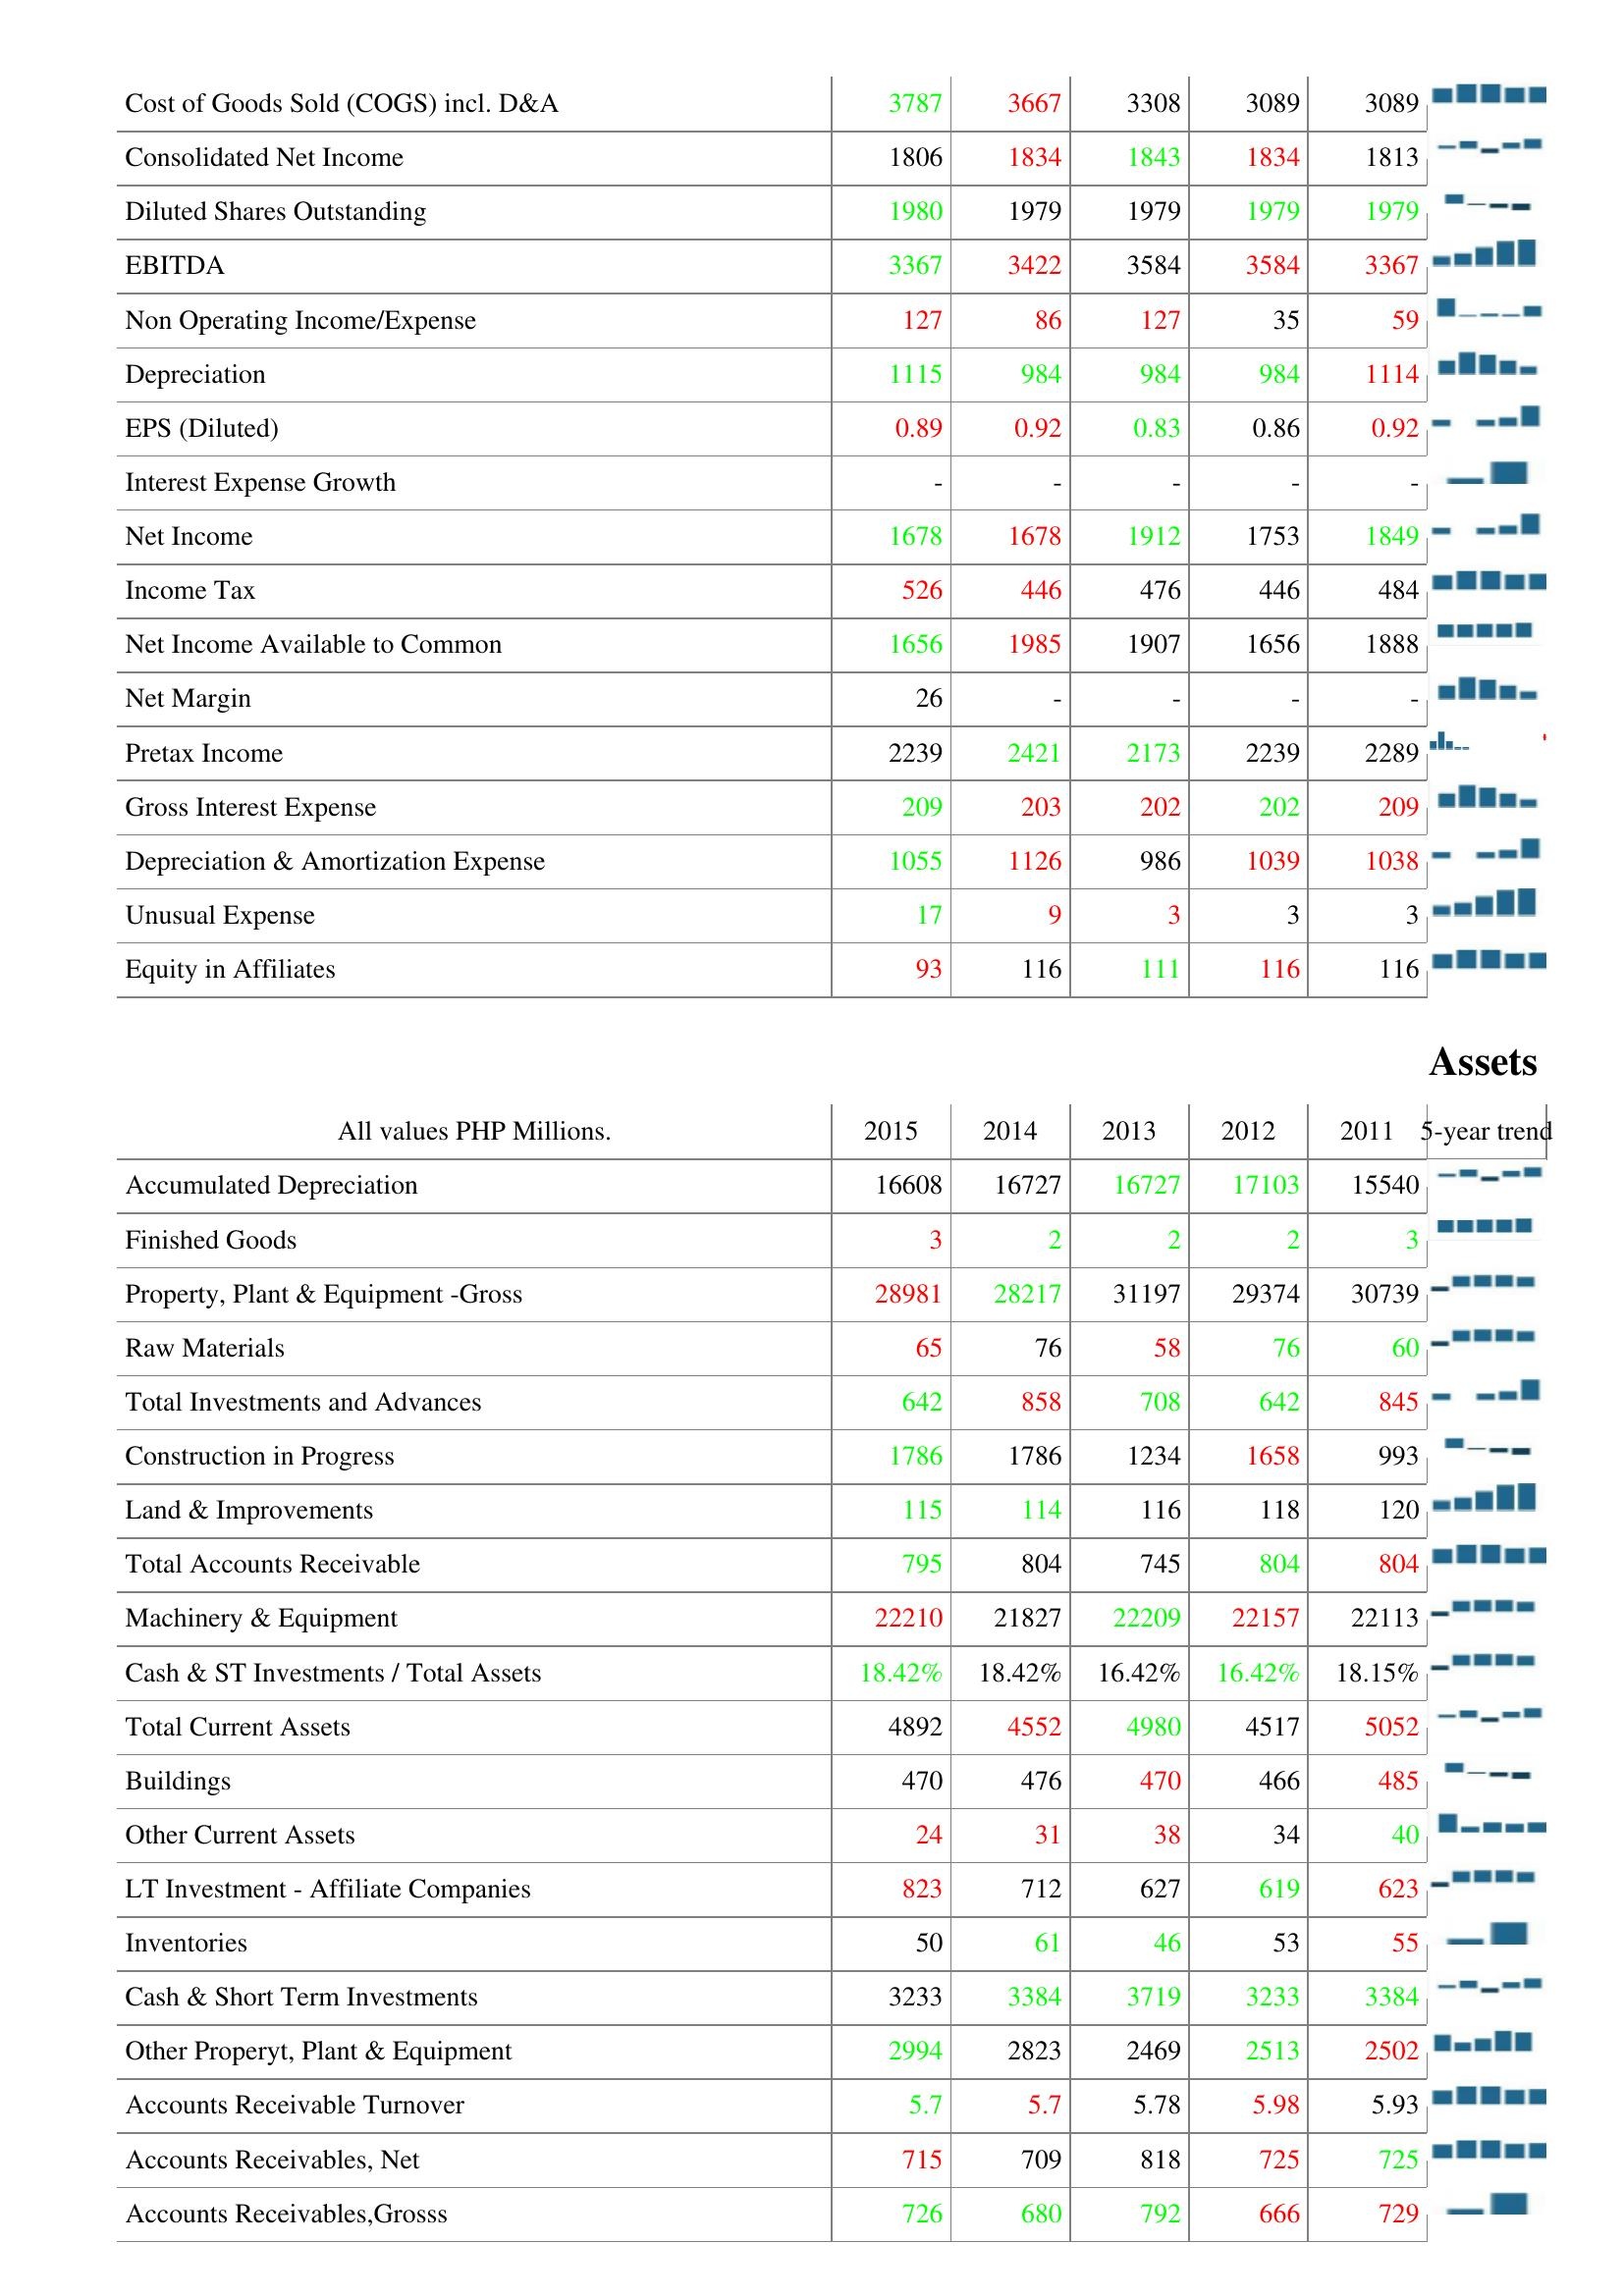
2015: : Cost of Goods Sold (COGS) incl. D&A: 3787
Consolidated Net Income: 1806
Diluted Shares Outstanding: 1980
EBITDA: 3367
Non Operating Income/Expense: 127
Depreciation: 1115
EPS (Diluted): 0.89
Interest Expense Growth: -
Net Income: 1678
Income Tax: 526
Net Income Available to Common: 1656
Net Margin: 26
Pretax Income: 2239
Gross Interest Expense: 209
Depreciation & Amortization Expense: 1055
Unusual Expense: 17
Equity in Affiliates: 93
Assets: Accumulated Depreciation: 16608
Finished Goods: 3
Property, Plant & Equipment -Gross: 28981
Raw Materials: 65
Total Investments and Advances: 642
Construction in Progress: 1786
Land & Improvements: 115
Total Accounts Receivable: 795
Machinery & Equipment: 22210
Cash & ST Investments / Total Assets: 18.42%
Total Current Assets: 4892
Buildings: 470
Other Current Assets: 24
LT Investment - Affiliate Companies: 823
Inventories: 50
Cash & Short Term Investments: 3233
Other Properyt, Plant & Equipment: 2994
Accounts Receivable Turnover: 5.7
Accounts Receivables, Net: 715
Accounts Receivables,Grosss: 726
2014: : Cost of Goods Sold (COGS) incl. D&A: 3667
Consolidated Net Income: 1834
Diluted Shares Outstanding: 1979
EBITDA: 3422
Non Operating Income/Expense: 86
Depreciation: 984
EPS (Diluted): 0.92
Interest Expense Growth: -
Net Income: 1678
Income Tax: 446
Net Income Available to Common: 1985
Net Margin: -
Pretax Income: 2421
Gross Interest Expense: 203
Depreciation & Amortization Expense: 1126
Unusual Expense: 9
Equity in Affiliates: 116
Assets: Accumulated Depreciation: 16727
Finished Goods: 2
Property, Plant & Equipment -Gross: 28217
Raw Materials: 76
Total Investments and Advances: 858
Construction in Progress: 1786
Land & Improvements: 114
Total Accounts Receivable: 804
Machinery & Equipment: 21827
Cash & ST Investments / Total Assets: 18.42%
Total Current Assets: 4552
Buildings: 476
Other Current Assets: 31
LT Investment - Affiliate Companies: 712
Inventories: 61
Cash & Short Term Investments: 3384
Other Properyt, Plant & Equipment: 2823
Accounts Receivable Turnover: 5.7
Accounts Receivables, Net: 709
Accounts Receivables,Grosss: 680
2013: : Cost of Goods Sold (COGS) incl. D&A: 3308
Consolidated Net Income: 1843
Diluted Shares Outstanding: 1979
EBITDA: 3584
Non Operating Income/Expense: 127
Depreciation: 984
EPS (Diluted): 0.83
Interest Expense Growth: -
Net Income: 1912
Income Tax: 476
Net Income Available to Common: 1907
Net Margin: -
Pretax Income: 2173
Gross Interest Expense: 202
Depreciation & Amortization Expense: 986
Unusual Expense: 3
Equity in Affiliates: 111
Assets: Accumulated Depreciation: 16727
Finished Goods: 2
Property, Plant & Equipment -Gross: 31197
Raw Materials: 58
Total Investments and Advances: 708
Construction in Progress: 1234
Land & Improvements: 116
Total Accounts Receivable: 745
Machinery & Equipment: 22209
Cash & ST Investments / Total Assets: 16.42%
Total Current Assets: 4980
Buildings: 470
Other Current Assets: 38
LT Investment - Affiliate Companies: 627
Inventories: 46
Cash & Short Term Investments: 3719
Other Properyt, Plant & Equipment: 2469
Accounts Receivable Turnover: 5.78
Accounts Receivables, Net: 818
Accounts Receivables,Grosss: 792
2012: : Cost of Goods Sold (COGS) incl. D&A: 3089
Consolidated Net Income: 1834
Diluted Shares Outstanding: 1979
EBITDA: 3584
Non Operating Income/Expense: 35
Depreciation: 984
EPS (Diluted): 0.86
Interest Expense Growth: -
Net Income: 1753
Income Tax: 446
Net Income Available to Common: 1656
Net Margin: -
Pretax Income: 2239
Gross Interest Expense: 202
Depreciation & Amortization Expense: 1039
Unusual Expense: 3
Equity in Affiliates: 116
Assets: Accumulated Depreciation: 17103
Finished Goods: 2
Property, Plant & Equipment -Gross: 29374
Raw Materials: 76
Total Investments and Advances: 642
Construction in Progress: 1658
Land & Improvements: 118
Total Accounts Receivable: 804
Machinery & Equipment: 22157
Cash & ST Investments / Total Assets: 16.42%
Total Current Assets: 4517
Buildings: 466
Other Current Assets: 34
LT Investment - Affiliate Companies: 619
Inventories: 53
Cash & Short Term Investments: 3233
Other Properyt, Plant & Equipment: 2513
Accounts Receivable Turnover: 5.98
Accounts Receivables, Net: 725
Accounts Receivables,Grosss: 666
2011: : Cost of Goods Sold (COGS) incl. D&A: 3089
Consolidated Net Income: 1813
Diluted Shares Outstanding: 1979
EBITDA: 3367
Non Operating Income/Expense: 59
Depreciation: 1114
EPS (Diluted): 0.92
Interest Expense Growth: -
Net Income: 1849
Income Tax: 484
Net Income Available to Common: 1888
Net Margin: -
Pretax Income: 2289
Gross Interest Expense: 209
Depreciation & Amortization Expense: 1038
Unusual Expense: 3
Equity in Affiliates: 116
Assets: Accumulated Depreciation: 15540
Finished Goods: 3
Property, Plant & Equipment -Gross: 30739
Raw Materials: 60
Total Investments and Advances: 845
Construction in Progress: 993
Land & Improvements: 120
Total Accounts Receivable: 804
Machinery & Equipment: 22113
Cash & ST Investments / Total Assets: 18.15%
Total Current Assets: 5052
Buildings: 485
Other Current Assets: 40
LT Investment - Affiliate Companies: 623
Inventories: 55
Cash & Short Term Investments: 3384
Other Properyt, Plant & Equipment: 2502
Accounts Receivable Turnover: 5.93
Accounts Receivables, Net: 725
Accounts Receivables,Grosss: 729